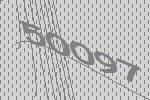
50097